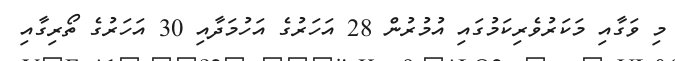
މި ވަގާއި މަކަރުވެރިކަމުގައި އުމުރުން 28 އަހަރުގެ އަހުމަދާއި 30 އަހަރުގެ ތޯރިގާއި